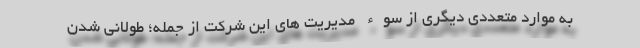
به موارد متعددی دیگری از سوء مدیریت های این شرکت از جمله؛ طولانی شدن